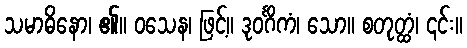
သမာဓိနော၊ ၏။ ဝသေန၊ ဖြင့်။ ဒုဝင်္ဂိကံ၊ သော။ စတုတ္ထံ၊ ၎င်း။